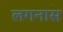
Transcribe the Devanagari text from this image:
लगनास